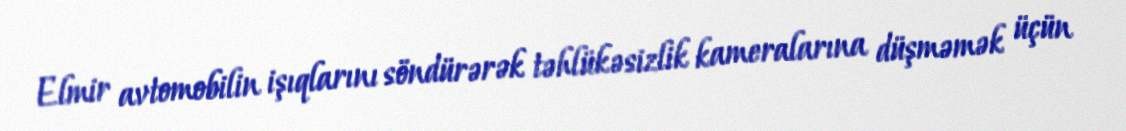
Elmir avtomobilin işıqlarını söndürərək təhlükəsizlik kameralarına düşməmək üçün